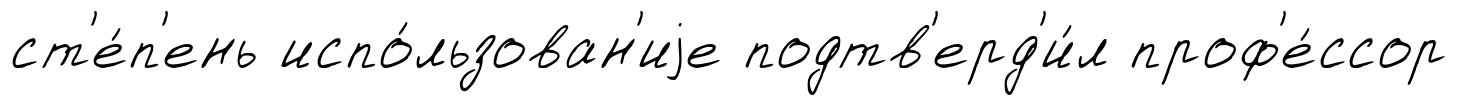
ст'е́п'ень испо́льзован'иjе подтв'ерд'и́л проф'е́ссор